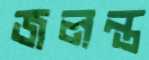
জলন্ত